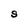
Character: S